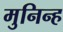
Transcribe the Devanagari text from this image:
मुनिन्ह